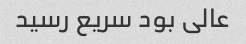
عالی بود سریع رسید